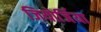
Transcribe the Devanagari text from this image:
जियोर्जिया